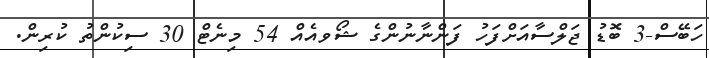
ހަބޭސް-3 ބޮޑު ޖަލްސާއަށްފަހު ފަންނާނުންގެ ޝޯވއެއް 54 މިނެޓް 30 ސިކުންތު ކުރިން.